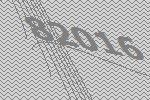
82016